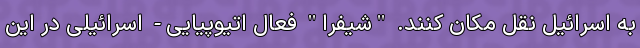
به اسرائیل نقل مکان کنند. "شیفرا" فعال اتیوپیایی- اسرائیلی در این